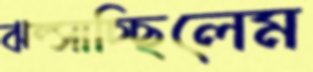
ঝল্‌সাচ্ছিলেম